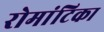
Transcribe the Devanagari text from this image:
रोमांटिका